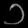
Digit: ၁